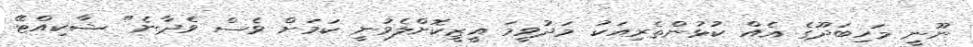
ނޫނީ މަހިބަދޫގެ އެއް ކުޅުންތެރިއަކު މަދުވީމަ އީޒީކޮށްލެވުނީ ކަމަށް ވެސް ވެދާނެ" ޝާކިއްޓޭ